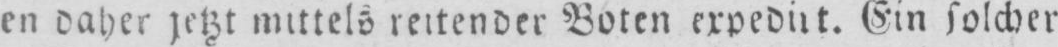
Ein solcher